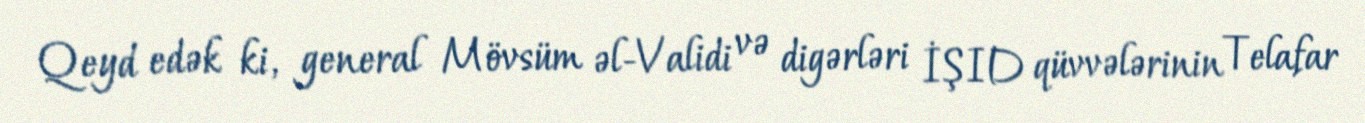
Qeyd edək ki, general Mövsüm əl-Validi və digərləri İŞID qüvvələrinin Telafar